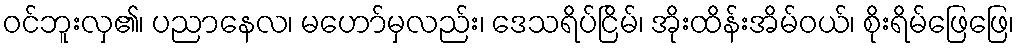
ဝင်ဘူးလှ၏၊ ပညာနေလ၊ မဟော်မှလည်း၊ ဒေသရိပ်ငြိမ်၊ အိုးထိန်းအိမ်ဝယ်၊ စိုးရိမ်ဖြေဖြေ၊